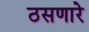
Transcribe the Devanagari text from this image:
ठसणारे